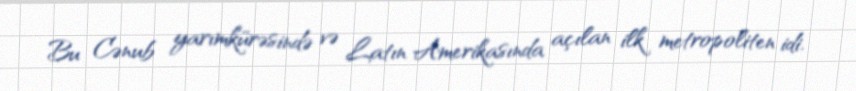
Bu Cənub yarımkürəsində və Latın Amerikasında açılan ilk metropoliten idi.